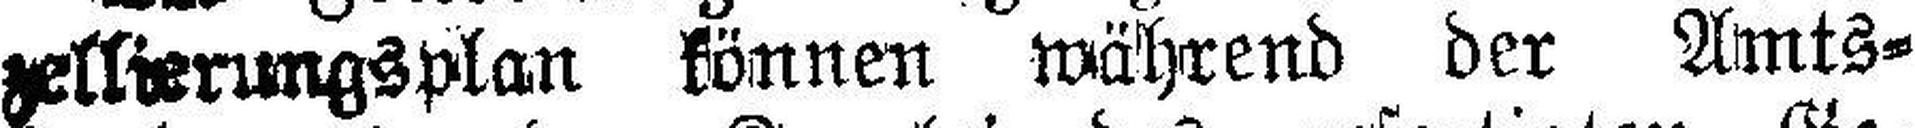
zellierungsplan können während der Amts¬